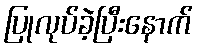
ပြုလုပ်ခဲ့ပြီးနောက်